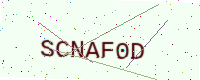
Text: SCNAF0D